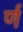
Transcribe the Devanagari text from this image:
र्ण